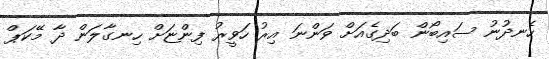
ހެނދުނު ސައިބޯން ބަދިގެއަށް ވަންނަ އިރު ހަވީރު ފިންޏަށް ހިނގާލަން ދާ މޭކަޕް